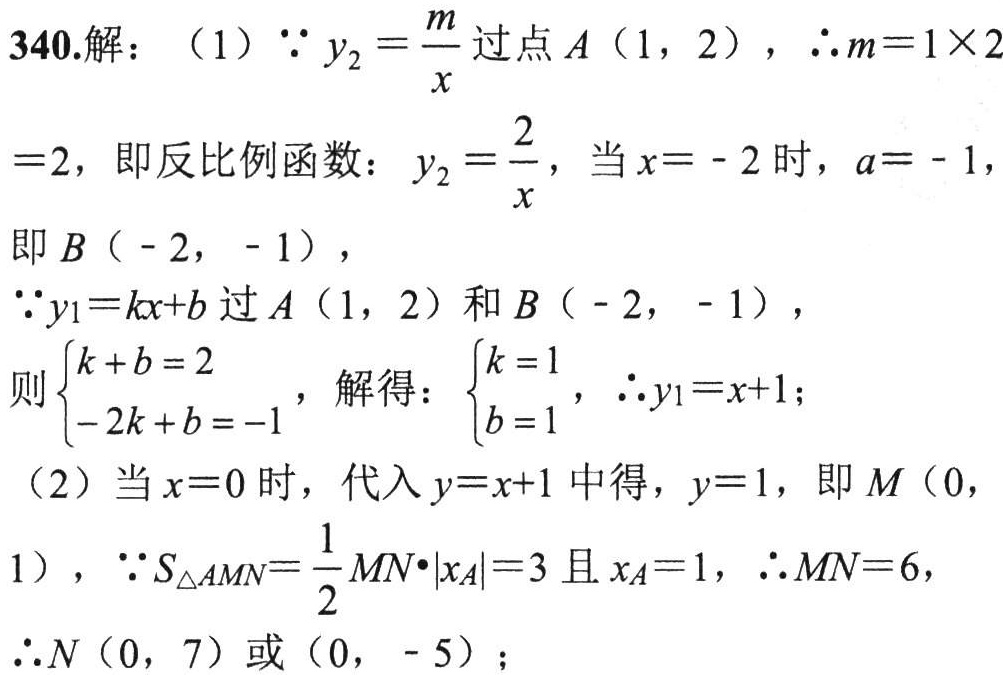
340.解：（1）$\because y_{2}=\frac{m}{x}$过点$A（1,2）$，$\therefore m = 1\times2=2$，即反比例函数：$y_{2}=\frac{2}{x}$，当$x = - 2$时，$a=-1$，即$B（-2,-1）$，
$\because y_{1}=kx + b$过$A（1,2）$和$B（-2,-1）$，
则$\begin{cases}k + b = 2\\-2k + b = -1\end{cases}$，解得：$\begin{cases}k = 1\\b = 1\end{cases}$，$\therefore y_{1}=x + 1$；
（2）当$x = 0$时，代入$y=x + 1$中得，$y = 1$，即$M（0,1）$，$\because S_{\triangle AMN}=\frac{1}{2}MN\cdot|x_{A}|=3$且$x_{A}=1$，$\therefore MN = 6$，
$\therefore N（0,7）$或$(0,-5)$；